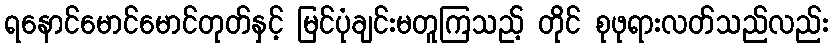
ရနောင်မောင်မောင်တုတ်နှင့် မြင်ပုံချင်းမတူကြသည့် တိုင် စုဖုရားလတ်သည်လည်း